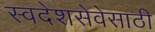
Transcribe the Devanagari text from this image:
स्वदेशसेवेसाठी